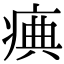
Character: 痶